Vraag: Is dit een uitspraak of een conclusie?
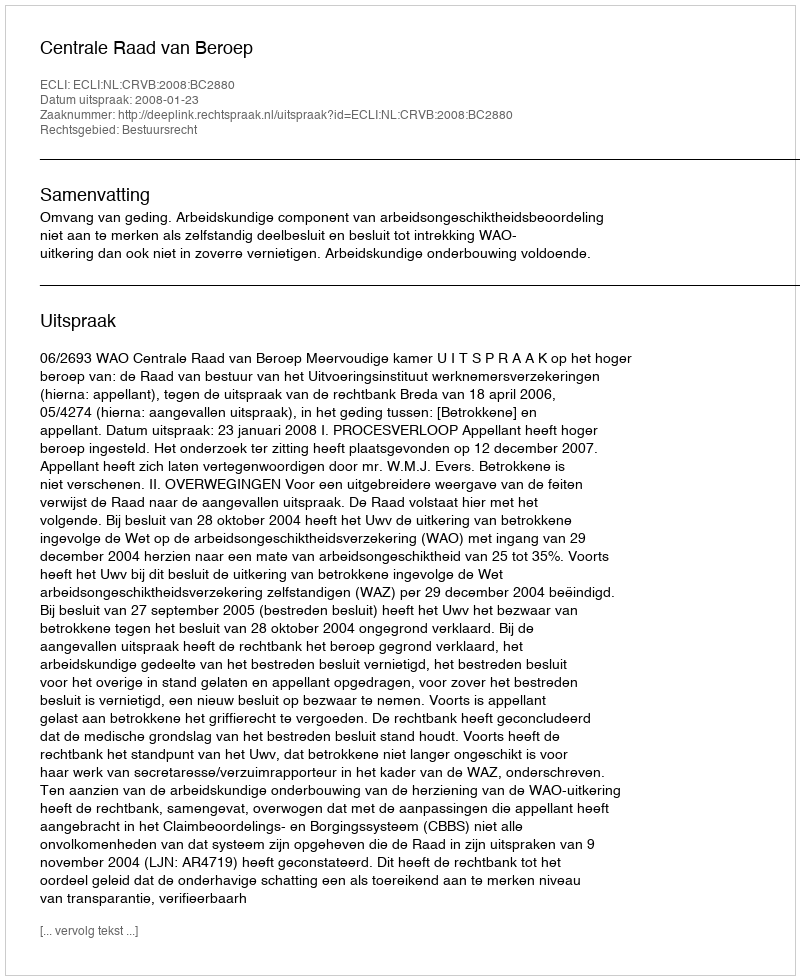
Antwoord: Uitspraak